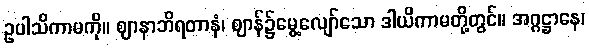
ဥပါသိကာမကို။ ဈာနာဘိရတာနံ၊ ဈာန်၌မွေ့လျော်သော ဒါယိကာမတို့တွင်။ အဂ္ဂဋ္ဌာနေ၊